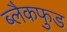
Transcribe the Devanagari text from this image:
ब्लैकफुड